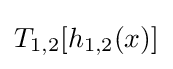
T_{1,2}[h_{1,2}(x)]